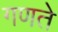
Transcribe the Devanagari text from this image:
गणते